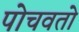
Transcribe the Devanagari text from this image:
पोचवतो